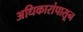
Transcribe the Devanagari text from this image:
अधिकारांपासून